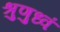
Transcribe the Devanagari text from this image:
श्रुणुध्वं